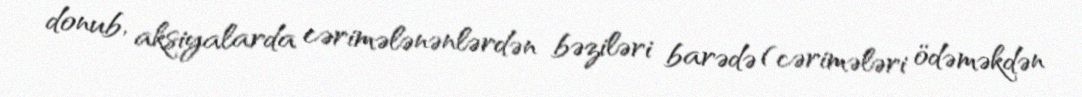
donub, aksiyalarda cərimələnənlərdən bəziləri barədə (cərimələri ödəməkdən